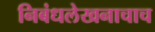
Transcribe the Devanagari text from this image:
निबंधलेखनाचाच